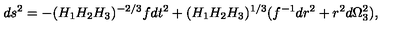
d s ^ { 2 } = - ( H _ { 1 } H _ { 2 } H _ { 3 } ) ^ { - 2 / 3 } f d t ^ { 2 } + ( H _ { 1 } H _ { 2 } H _ { 3 } ) ^ { 1 / 3 } ( f ^ { - 1 } d r ^ { 2 } + r ^ { 2 } d \Omega _ { 3 } ^ { 2 } ) ,